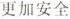
更加安全